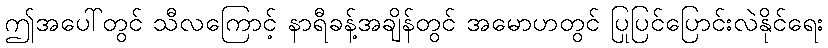
ဤအပေါ်တွင် သီလကြောင့် နာရီခန့်အချိန်တွင် အမောဟတွင် ပြုပြင်ပြောင်းလဲနိုင်ရေး